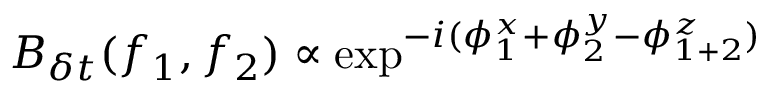
B _ { \delta t } ( f _ { 1 } , f _ { 2 } ) \propto \exp ^ { - i ( \phi _ { 1 } ^ { x } + \phi _ { 2 } ^ { y } - \phi _ { 1 + 2 } ^ { z } ) }